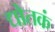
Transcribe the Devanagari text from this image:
द्योतकं